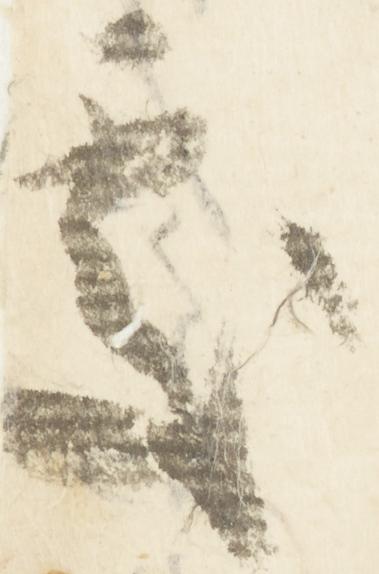
処